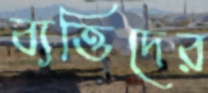
ব্যত্তিদের